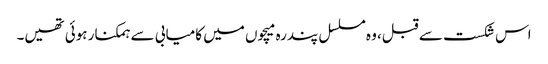
اس شکست سے قبل، وہ مسلسل پندرہ میچوں میں کامیابی سے ہمکنار ہوئی تھیں۔